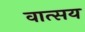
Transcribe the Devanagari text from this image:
वात्सय